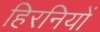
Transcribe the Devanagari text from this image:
हिरनियों